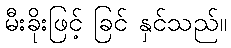
မီးခိုးဖြင့် ခြင် နှင်သည်။